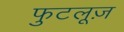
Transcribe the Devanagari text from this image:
फुटलूज़